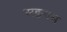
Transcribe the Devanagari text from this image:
सङगम